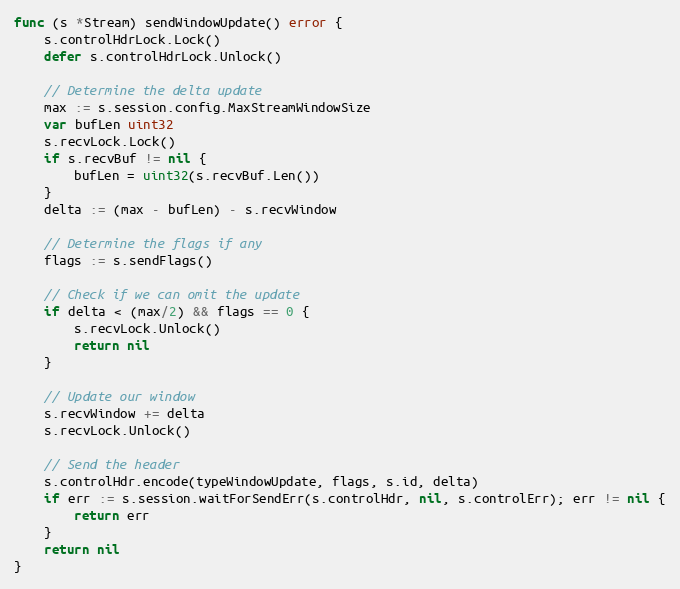
Language: Go
func (s *Stream) sendWindowUpdate() error {
	s.controlHdrLock.Lock()
	defer s.controlHdrLock.Unlock()

	// Determine the delta update
	max := s.session.config.MaxStreamWindowSize
	var bufLen uint32
	s.recvLock.Lock()
	if s.recvBuf != nil {
		bufLen = uint32(s.recvBuf.Len())
	}
	delta := (max - bufLen) - s.recvWindow

	// Determine the flags if any
	flags := s.sendFlags()

	// Check if we can omit the update
	if delta < (max/2) && flags == 0 {
		s.recvLock.Unlock()
		return nil
	}

	// Update our window
	s.recvWindow += delta
	s.recvLock.Unlock()

	// Send the header
	s.controlHdr.encode(typeWindowUpdate, flags, s.id, delta)
	if err := s.session.waitForSendErr(s.controlHdr, nil, s.controlErr); err != nil {
		return err
	}
	return nil
}